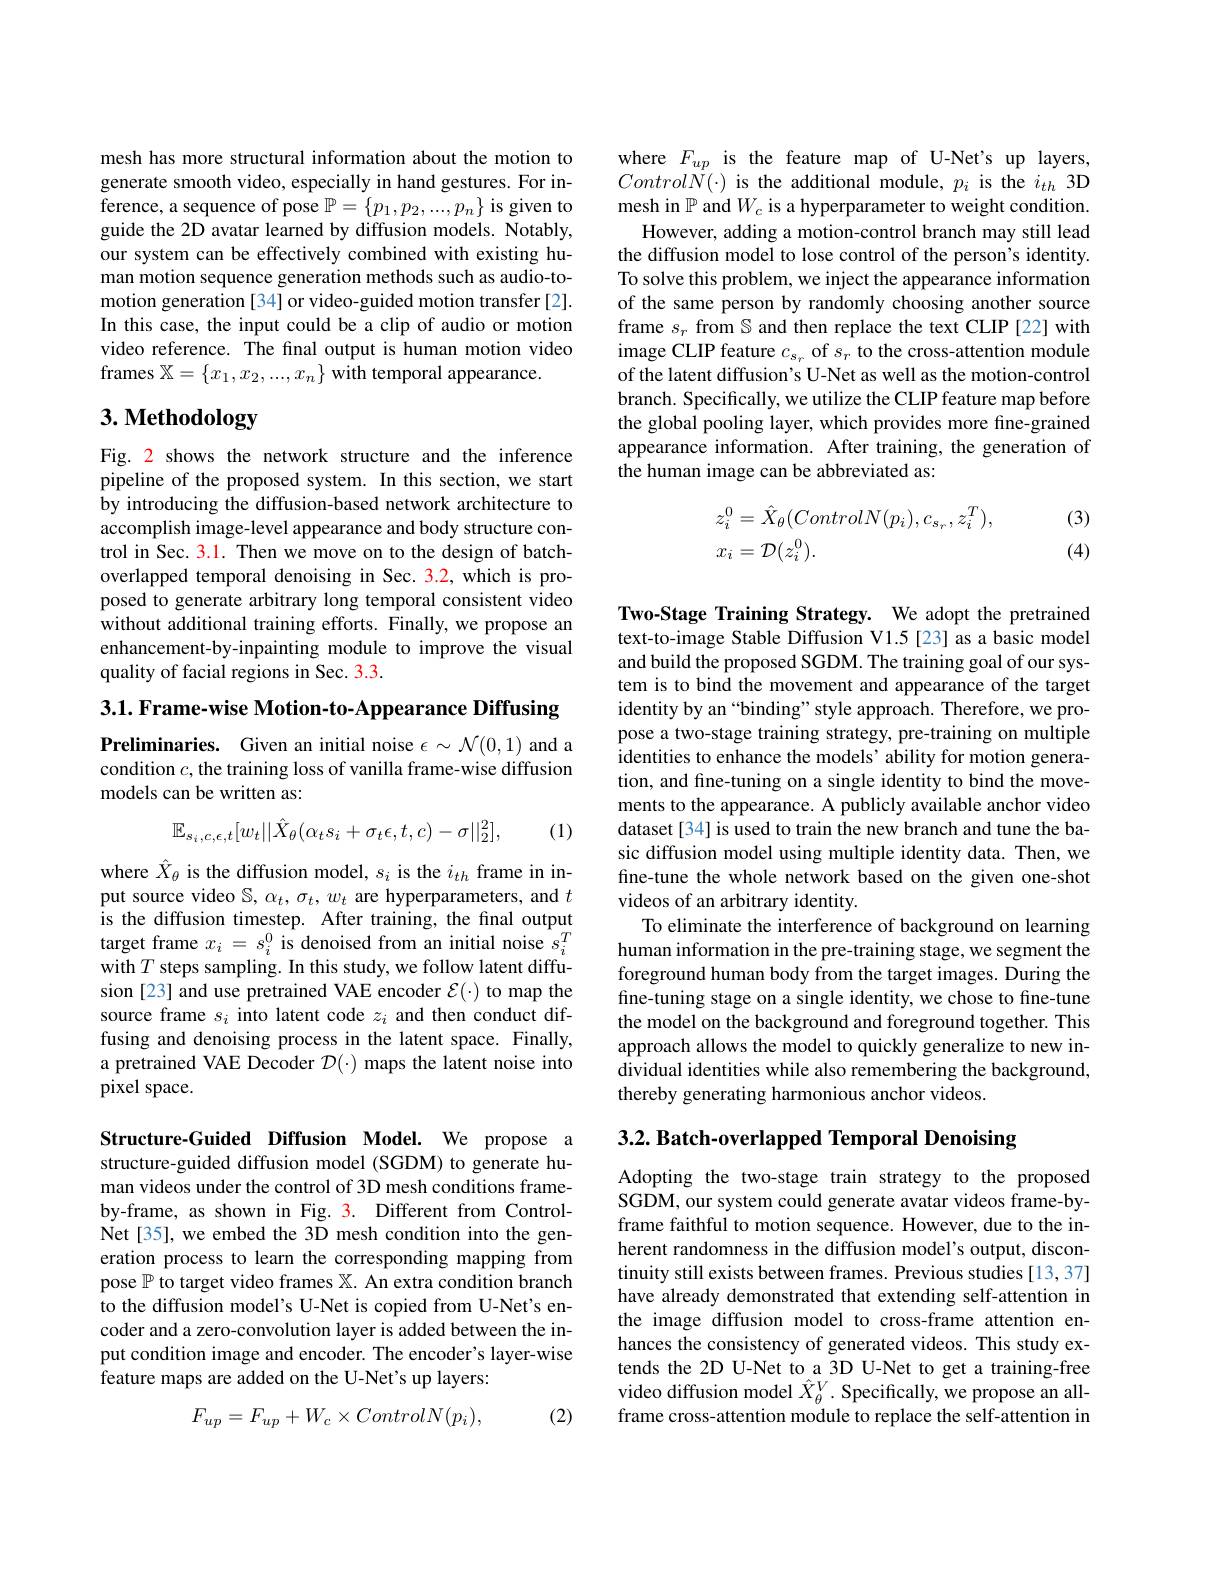
mesh has more structural information about the motion to generate smooth video, especially in hand gestures. For inference, a sequence of pose $\mathbb{P}=\{p_1,p_2,...,p_n\}$ is given to guide the 2D avatar learned by diffusion models. Notably, our system can be effectively combined with existing human motion sequence generation methods such as audio-tomotion generation [34] or video-guided motion transfer[2]. In this case, the input could be a clip of audio or motion video reference. The final output is human motion video frames $\mathbb{X}=\{x_1,x_2,...,x_n\}$ with temporal appearance.

# 3. Methodology

Fig. 2 shows the network structure and the inference pipeline of the proposed system. In this section, we start by introducing the diffusion-based network architecture to accomplish image-level appearance and body structure control in Sec. 3.1. Then we move on to the design of batchoverlapped temporal denoising in Sec. 3.2, which is proposed to generate arbitrary long temporal consistent video without additional training efforts. Finally, we propose an enhancement-by-inpainting module to improve the visual quality of facial regions in Sec. 3.3.

3.1. Frame- wise Motion- to- Appearance Diffusing

Preliminaries. Given an initial noise $\epsilon\sim\mathcal{N}(0,1)$ and a condition $c$, the training loss of vanilla frame-wise diffusion models can be written as:
$$\mathbb{E}_{s_{i},c,\epsilon,t}[w_{t}||\hat{X}_{\theta}(\alpha_{t}s_{i}+\sigma_{t}\epsilon,t,c)-\sigma||_{2}^{2}],$$
(1)

where $\hat{X}_\theta$ is the diffusion model, $s_i$ is the $i_th$ frame input source video $\mathbb{S},\alpha_t,\sigma_t,w_t$ are hyperparameters, and $t$ is the diffusion timestep. After training, the final output target frame $x_i=s_i^0$ is denoised from an initial noise $s_i^T$ with $T$ steps sampling. In this study, we follow latent diffusion [23] and use pretrained VAE encoder $\mathcal{E}(\cdot)$ to map the source frame $s_i$ into latent code $z_i$ and then conduct diffusing and denoising process in the latent space. Finally, a pretrained VAE Decoder $\mathcal{D}(\cdot)$ maps the latent noise into pixel space.

Structure-Guided Diffusion Model. We propose a structure-guided diffusion model (SGDM) to generate human videos under the control of 3D mesh conditions frameby-frame, as shown in Fig. 3. Different from ControlNet[35], we embed the 3D mesh condition into the generation process to learn the corresponding mapping from pose $\mathbb{P}$ to target video frames $\mathbb{X}.$ An extra condition branch to the diffusion model's U-Net is copied from U-Net's encoder and a zero-convolution layer is added between the input condition image and encoder. The encoder's layer-wise feature maps are added on the U-Net's up layers:

(2)
$$F_{up}=F_{up}+W_{c}\times ControlN(p_{i}),$$
where $F_{up}$ is the feature map of U-Net's up layers, $ControlN(\cdot)$ is the additional module, $p_{i}$ is the $i_{th}$ 3D mesh in $\mathbb{P}$ and $W_c$ is a hyperparameter to weight condition.
However, adding a motion-control branch may still lead the diffusion model to lose control of the person's identity. To solve this problem, we inject the appearance information of the same person by randomly choosing another source frame $s_r$ from $\mathbb{S}$ and then replace the text CLIP [22] with image CLIP feature $c_{s_r}$ of $s_r$ to the cross-attention module of the latent diffusion's U-Net as well as the motion-control branch. Specifically, we utilize the CLIP feature map before the global pooling layer, which provides more fine-grained appearance information. After training, the generation of the human image can be abbreviated as:

(3)
$$\begin{aligned}&z_{i}^{0}=\hat{X}_{\theta}(ControlN(p_{i}),c_{s_{r}},z_{i}^{T}),\\&x_{i}=\mathcal{D}(z_{i}^{0}).\end{aligned}$$
(4)

Two-Stage Training Strategy. We adopt the pretrained text-to-image Stable Diffusion V1.5[23] as a basic model and build the proposed SGDM. The training goal of our system is to bind the movement and appearance of the target identity by an “binding” style approach. Therefore, we propose a two-stage training strategy, pre-training on multiple identities to enhance the models' ability for motion generation, and fine-tuning on a single identity to bind the movements to the appearance. A publicly available anchor video dataset[34] is used to train the new branch and tune the basic diffusion model using multiple identity data. Then, we fine-tune the whole network based on the given one-shot videos of an arbitrary identity.
To eliminate the interference of background on learning human information in the pre-training stage, we segment the foreground human body from the target images. During the fine-tuning stage on a single identity, we chose to fine-tune the model on the background and foreground together. This approach allows the model to quickly generalize to new individual identities while also remembering the background, thereby generating harmonious anchor videos.

# 3.2. Batch-overlapped Temporal Denoising

Adopting the two-stage train strategy to the proposed SGDM, our system could generate avatar videos frame-byframe faithful to motion sequence. However, due to the inherent randomness in the diffusion model's output, discontinuity still exists between frames. Previous studies [13,37] have already demonstrated that extending self-attention in the image diffusion model to cross-frame attention enhances the consistency of generated videos. This study extends the 2D U-Net to a 3D U-Net to get a training-free video diffusion model $\hat{X}_\theta^V.$ Specifically, we propose an allframe cross-attention module to replace the self-attention in